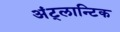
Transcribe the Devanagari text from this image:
अंट्लान्टिक